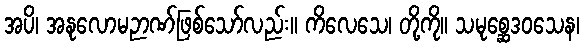
အပိ၊ အနုလောမဉာဏ်ဖြစ်သော်လည်း။ ကိလေသေ၊ တို့ကို။ သမုစ္ဆေဒဝသေန၊